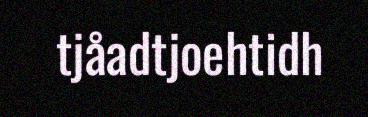
tjåadtjoehtidh